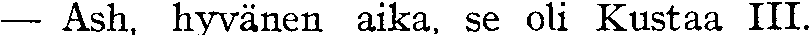
— Ash, hyvänen aika, se oli Kustaa III.